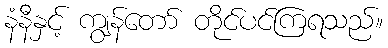
နံနီနှင့် ကျွန်တော် တိုင်ပင်ကြရသည်။